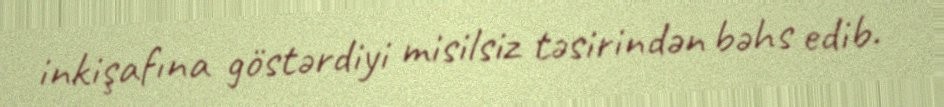
inkişafına göstərdiyi misilsiz təsirindən bəhs edib.